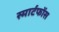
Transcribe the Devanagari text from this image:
स्मार्टफोंस